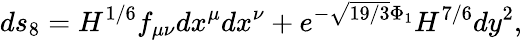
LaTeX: ds_{8}=H^{1/6}f_{\mu\nu}dx^{\mu}dx^{\nu}+e^{-\sqrt{19/3}\Phi_{1}}H^{7/6}dy^{2},